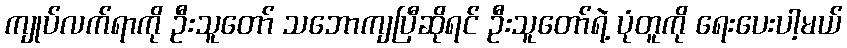
ကျုပ်လက်ရာကို ဦးသူတော် သဘောကျပြီဆိုရင် ဦးသူတော်ရဲ့ ပုံတူကို ရေးပေးပါ့မယ်